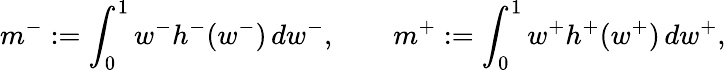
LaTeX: m^{-}:=\int_{0}^{1}w^{-}h^{-}(w^{-})\, dw^{-},\qquad m^{+}:=\int_{0}^{1}w^{+}h^{+}(w^{+})\, dw^{+},